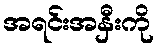
အရင်းအနှီးကို